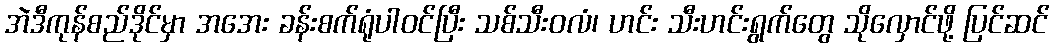
အဲဒီကုန်စည်ဒိုင်မှာ အအေး ခန်းစက်ရုံပါဝင်ပြီး သစ်သီးဝလံ၊ ဟင်း သီးဟင်းရွက်တွေ သိုလှောင်ဖို့ ပြင်ဆင်